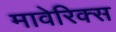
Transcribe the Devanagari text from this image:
मावेरिक्स